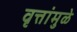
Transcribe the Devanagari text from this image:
वृत्तांमुळे